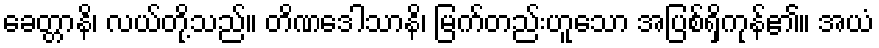
ခေတ္တာနိ၊ လယ်တို့သည်။ တိဏဒေါသာနိ၊ မြက်တည်းဟူသော အပြစ်ရှိကုန်၏။ အယံ